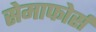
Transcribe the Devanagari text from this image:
सेमाफोर्स